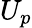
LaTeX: U_{p}